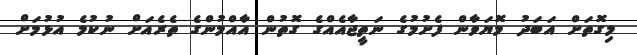
މިގޮތަށް އަބަދު މޮޔަވާން ފެށުމުގެ ނަތީޖާއެއްގެ ގޮތުން އާއްމުންގެ ތެރެއަށް ނުކުމެ އުޅުމަށް